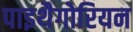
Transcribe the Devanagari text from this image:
पाइथैगोरियन